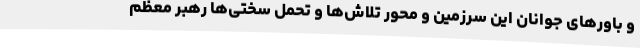
و باورهای جوانان این سرزمین و محور تلاش‌ها و تحمل سختی‌ها رهبر معظم